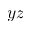
y z